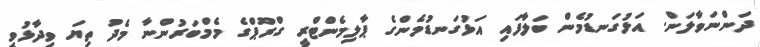
ދަންނަވާލަން. އަޅުގަނޑުމެން ބަލާފައި އަޅުގަނޑުމެންގެ ޕާލިމެންޓްރީ ގްރޫޕްގެ މެމްބަރުންނާ މެދު ތިޔަ ވިދާޅުވީ